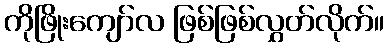
ကိုဖြိုးကျော်လ ဖြစ်ဖြစ်လွှတ်လိုက်။